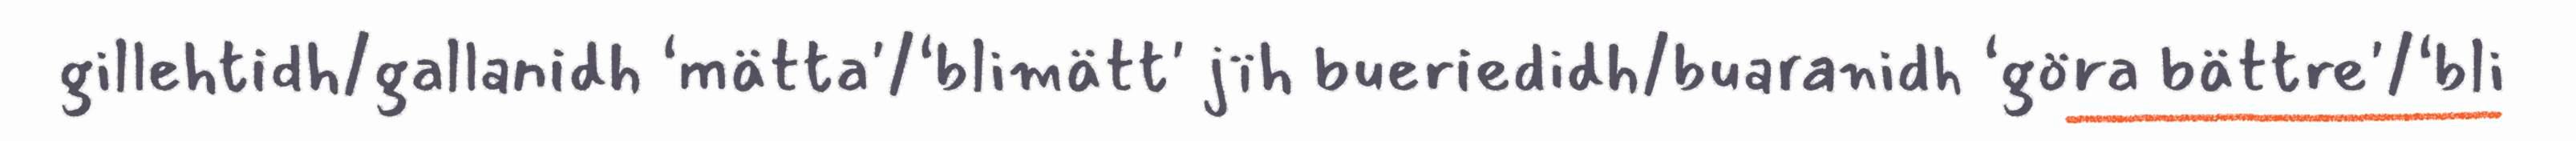
gillehtidh/gallanidh ‘mätta'/‘blimätt' jïh bueriedidh/buaranidh ‘göra bättre'/‘bli